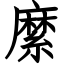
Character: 縻